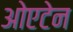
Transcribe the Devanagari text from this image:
ओएटेन